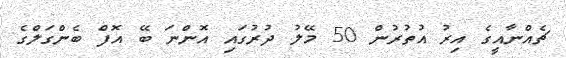
ޗެއްނާއީގެ އިރު އުތުރުން 50 މޭލު ދުރުގައި އޮންނަ ބޭ އޮފް ބެންގަލްގެ